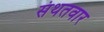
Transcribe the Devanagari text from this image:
संथतवार